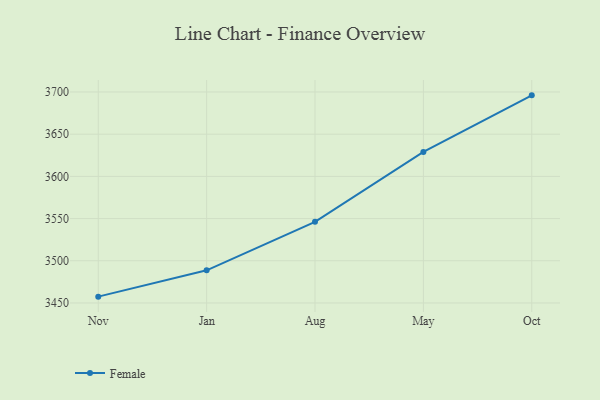
{"axis": {"x": "Month", "y": "LTV (USD)"}, "legend": ["Female"], "data": [{"x": "Nov", "y": 3457.5, "type": "Female"}, {"x": "Jan", "y": 3488.7, "type": "Female"}, {"x": "Aug", "y": 3546.1, "type": "Female"}, {"x": "May", "y": 3629.0, "type": "Female"}, {"x": "Oct", "y": 3696.0, "type": "Female"}]}